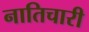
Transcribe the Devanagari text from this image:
नातिचारी